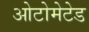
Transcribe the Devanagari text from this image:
ओटोमेटेड